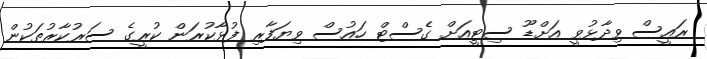
ރައީސް ވިދާޅުވީ އަށްޑޫ ސިޓީއަށް ގެސްޓް ހައުސް ވިޔަފާރި ފުޅާކުރަން ކުރީގެ ސަރުކާރުތަކުން